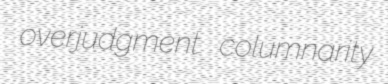
overjudgment columnarity